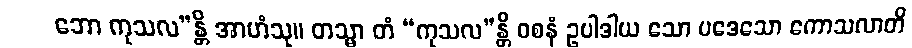
ဘော ကုသလ”န္တိ အာဟံသု။ တသ္မာ တံ “ကုသလ”န္တိ ဝစနံ ဥပါဒါယ သော ပဒေသော ကောသလာတိ